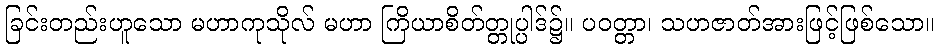
ခြင်းတည်းဟူသော မဟာကုသိုလ် မဟာ ကြိယာစိတ်တ္တုပ္ပါဒ်၌။ ပဝတ္တာ၊ သဟဇာတ်အားဖြင့်ဖြစ်သော။